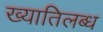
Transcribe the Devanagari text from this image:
ख्‍यातिलब्‍ध